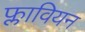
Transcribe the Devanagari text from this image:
फ्लावियन